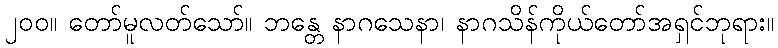
၂၀၀။ တော်မူလတ်သော်။ ဘန္တေ နာဂသေနာ၊ နာဂသိန်ကိုယ်တော်အရှင်ဘုရား။